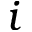
i